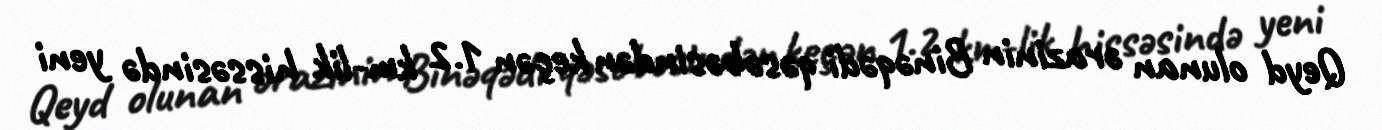
Qeyd olunan ərazinin Binəqədi qəsəbəsindən keçən 1.2 km-lik hissəsində yeni